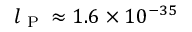
l _ { \textrm { P } } \approx 1 . 6 \times 1 0 ^ { - 3 5 }